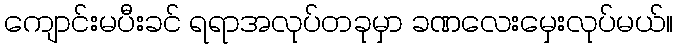
ကျောင်းမပီးခင် ရရာအလုပ်တခုမှာ ခဏလေးမှေးလုပ်မယ်။